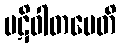
ပဋိဝါတမေတိ